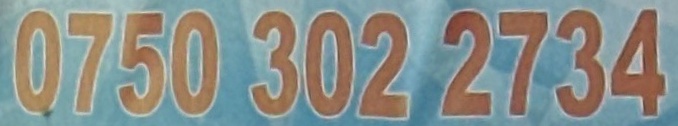
0750 302 2734